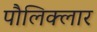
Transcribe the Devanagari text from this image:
पौलिक्लार